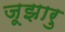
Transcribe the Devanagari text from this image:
जूझारु